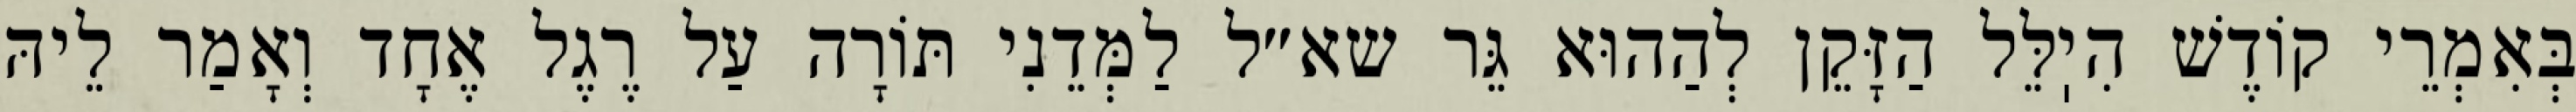
בְּאִמְרֵי קוֹדֶשׁ הִיֽלֵּל הַזָּקֵן לְהַהוּא גֵּר שא״ל לַמְּדֵנִי תּוֹרָה עַל רֶגֶל אֶחָד וְאָמַר לֵיהּ